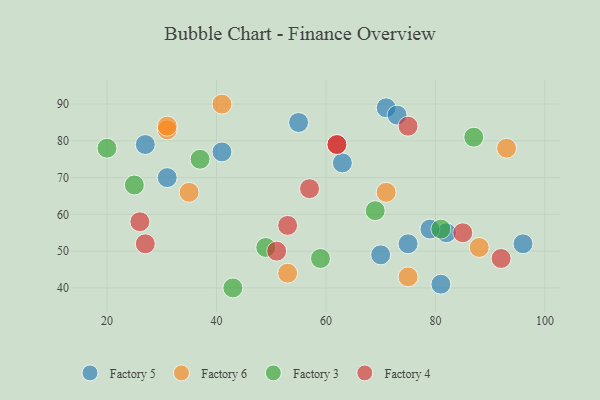
{"axis": {"x": "GDP", "y": "Life Expectancy"}, "legend": ["Factory 3", "Factory 4", "Factory 5", "Factory 6"], "data": [{"x": "82", "y": 55, "type": "Factory 5"}, {"x": "41", "y": 77, "type": "Factory 5"}, {"x": "71", "y": 89, "type": "Factory 5"}, {"x": "70", "y": 49, "type": "Factory 5"}, {"x": "79", "y": 56, "type": "Factory 5"}, {"x": "63", "y": 74, "type": "Factory 5"}, {"x": "75", "y": 52, "type": "Factory 5"}, {"x": "27", "y": 79, "type": "Factory 5"}, {"x": "31", "y": 70, "type": "Factory 5"}, {"x": "96", "y": 52, "type": "Factory 5"}, {"x": "55", "y": 85, "type": "Factory 5"}, {"x": "81", "y": 41, "type": "Factory 5"}, {"x": "73", "y": 87, "type": "Factory 5"}, {"x": "35", "y": 66, "type": "Factory 6"}, {"x": "75", "y": 43, "type": "Factory 6"}, {"x": "41", "y": 90, "type": "Factory 6"}, {"x": "31", "y": 83, "type": "Factory 6"}, {"x": "31", "y": 84, "type": "Factory 6"}, {"x": "88", "y": 51, "type": "Factory 6"}, {"x": "71", "y": 66, "type": "Factory 6"}, {"x": "53", "y": 44, "type": "Factory 6"}, {"x": "93", "y": 78, "type": "Factory 6"}, {"x": "43", "y": 40, "type": "Factory 3"}, {"x": "49", "y": 51, "type": "Factory 3"}, {"x": "87", "y": 81, "type": "Factory 3"}, {"x": "25", "y": 68, "type": "Factory 3"}, {"x": "37", "y": 75, "type": "Factory 3"}, {"x": "20", "y": 78, "type": "Factory 3"}, {"x": "81", "y": 56, "type": "Factory 3"}, {"x": "69", "y": 61, "type": "Factory 3"}, {"x": "59", "y": 48, "type": "Factory 3"}, {"x": "75", "y": 84, "type": "Factory 4"}, {"x": "85", "y": 55, "type": "Factory 4"}, {"x": "27", "y": 52, "type": "Factory 4"}, {"x": "26", "y": 58, "type": "Factory 4"}, {"x": "92", "y": 48, "type": "Factory 4"}, {"x": "51", "y": 50, "type": "Factory 4"}, {"x": "53", "y": 57, "type": "Factory 4"}, {"x": "57", "y": 67, "type": "Factory 4"}, {"x": "62", "y": 79, "type": "Factory 4"}, {"x": "62", "y": 79, "type": "Factory 4"}]}